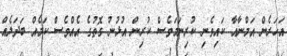
އަހަރެން އަމްނާއާ ކައިވެނި ކުރިނަމަވެސް ކުރިން އުޅުނު ގޮތުގެ އެއްވެސް ކަމެއް ބަދަލެއް